Causation and prevention of malarial fevers: a statement of the results of researches drawn up for the use of assistant surgeons, hospital assistants and students
Disease focus: Malaria
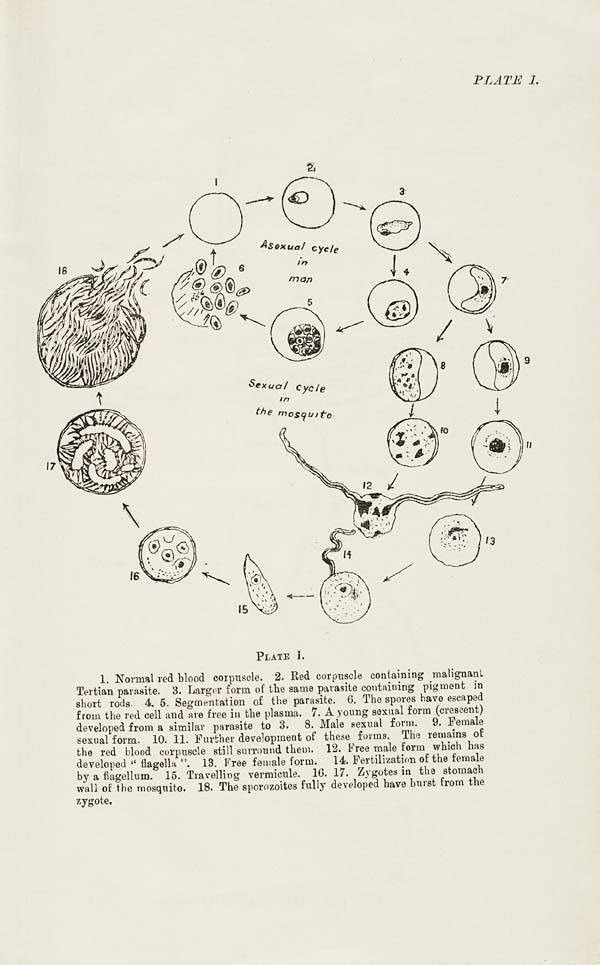
PLATE I.
1. Normal red blood corpuscle. 2. Red corpuscle containing malignant
Tertian parasite. 3. Larger form of the same parasite containing pigment in
short rods. 4. 5. Segmentation of the parasite. 6. The spores have escaped
from the red cell and are free in the plasma. 7. A young sexual form (crescent)
developed from a similar parasite to 3. 8. Male sexual form. 9. Female
sexual form. 10. 11. Further development of these forms. The remains of
the red blood corpuscle still surround them. 12. Free male form which has
developed "flagella". 13. Free female form. 14. Fertilization of the female
by a flagellum. 15. Travelling vermicule. 16. 17. Zygotes in the stomach
wall of the mosquito. 18. The sporozoites fully developed have burst from the
zygote.